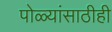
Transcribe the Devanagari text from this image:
पोळ्यांसाठीही